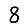
Digit: 8